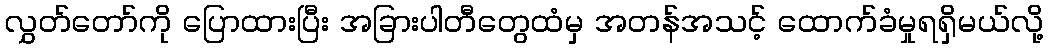
လွှတ်တော်ကို ပြောထားပြီး အခြားပါတီတွေထံမှ အတန်အသင့် ထောက်ခံမှုရရှိမယ်လို့